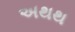
અથથ